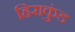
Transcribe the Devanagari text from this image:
हिराकुंड